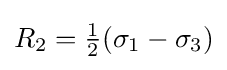
R_{2}={\tfrac {1}{2}}(\sigma _{1}-\sigma _{3})